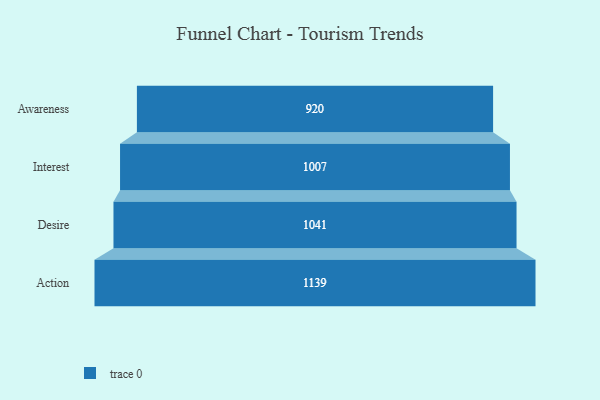
{"axis": {"x": "Stage", "y": "Value"}, "legend": [""], "data": [{"x": "Awareness", "y": 920.0, "type": ""}, {"x": "Interest", "y": 1007.0, "type": ""}, {"x": "Desire", "y": 1041.0, "type": ""}, {"x": "Action", "y": 1139.0, "type": ""}]}